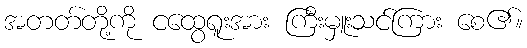
အတတ်တို့ကို ငထွေရူးအား ကြီးမှူးသင်ကြား စေ၏။